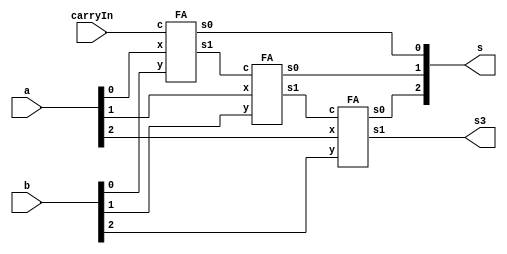
// --theldo tive duvida nos 2 primeiros e no ultimo
// --fiz o cir no logisim certinho mas meu verilog esta dando erro

// -------------------------
// Exemplo0036  FULL ADDER
// Nome: Pedro Henrique Lima Pinheiro
// -------------------------
// -------------------------
// subtracao
// -------------------------

module subtracao (output [2:0]s, output s3,
input [2:0]a,
input [2:0]b,
input carryIn);
// descrever por portas

wire h, j;

//FA FA1 (s[0], s3, a[0], b[0], j);
//FA FA2 (s[1], j, a[1], b[1], h);
//FA FA3 (s[2], h, a[2], b[2], carryIn);

FA FA1 (s[0], h, a[0], b[0], carryIn);
FA FA2 (s[1], j, a[1], b[1], h);
FA FA3 (s[2], s3, a[2], b[2], j);

endmodule // subtracao

module FA (output s0, output s1,
input x,
input y,
input c);

wire a, s, d, f, g, notx, nota;

xor XOR1 (a, x, y);
xor XOR2 (s0, a, c);

not NOT1 (notx, x);
//not NOT2 (nota, a);        // CORRECAO
not NOT2 (nota, s0);

and AND1 (s, notx, y);
and AND2 (d, nota, c);

or OR1 (s1, s, d);

endmodule

module test_subtracao;
// ------------------------- definir dados
reg [2:0] w;
reg [2:0] k;
reg carry;
wire l;
wire [2:0] soma;

subtracao modulo (soma, l, w, k, carry);
FA FAx (soma[0], l, w[0], k[0], carry);

	initial begin: start
      w = 3'b011;
	   k = 3'b001;
//	   carry = 1'b1;      // CORRECAO
	   carry = 1'b0;
	end

// ------------------------- parte principal
initial begin
$display("Exemplo0036 - Pedro Henrique Lima Pinheiro - 451605");
$display("Test ALUs subtracao");

// projetar testes do modulo
#1 $display("%3b - %3b = %1b %3b",w,k,l,soma);
   $monitor("%3b - %3b = %1b %3b",w,k,l,soma);
#1 w=3'b001; k=3'b000; carry=1'b0;

end
endmodule // test_subtracao